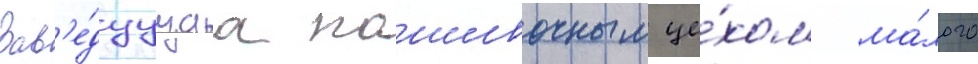
Зав'е́дуущаа пошивочным це́хом ма́лого